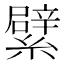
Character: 繴